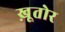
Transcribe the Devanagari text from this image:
ख़ूतोर